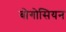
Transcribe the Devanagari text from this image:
बोगोसियन